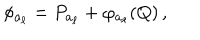
\phi _ { a _ { \ell } } = P _ { a _ { \ell } } + \varphi _ { a _ { \ell } } ( Q ) \, ,